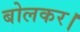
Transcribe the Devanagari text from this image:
बोलकर।